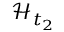
\mathcal { H } _ { t _ { 2 } }